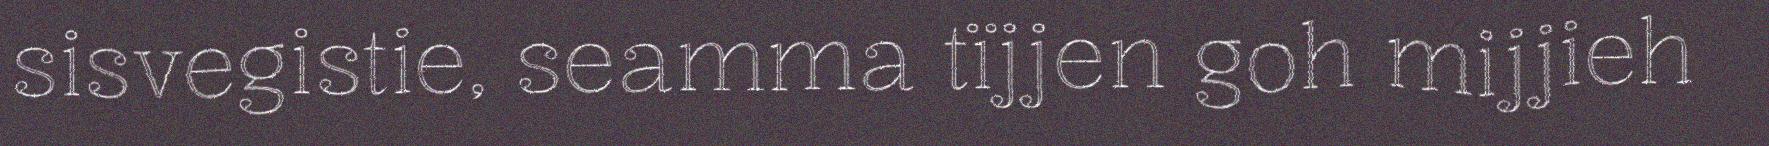
sisvegistie, seamma tïjjen goh mijjieh